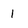
Character: 1